Vaccination North-Western Provinces and Oudh 1878-1895 - 1878-1895
Year: 1878
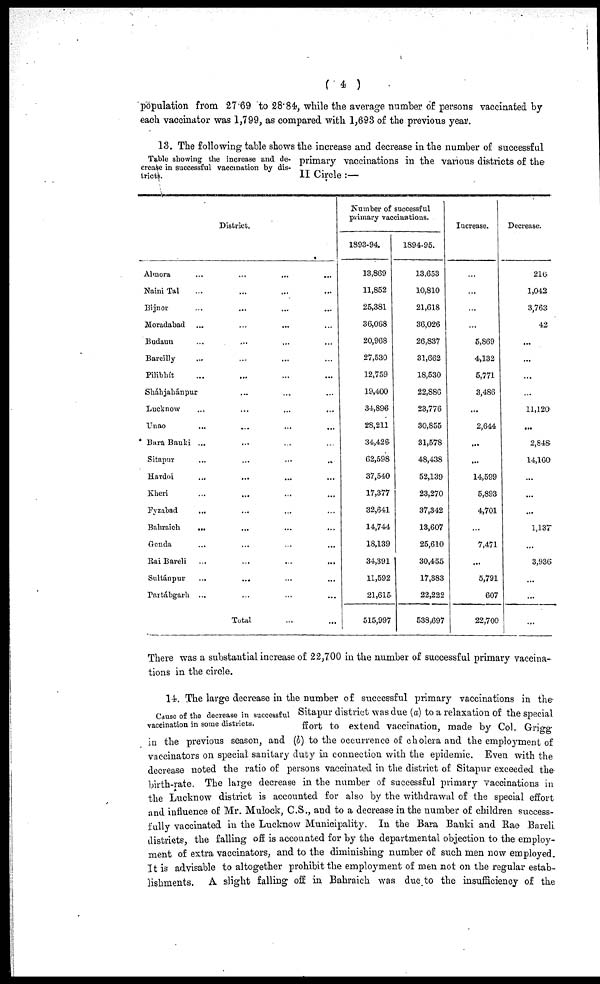
( 4 )
population from 27.69 to 28.84, while the average number of persons vaccinated by
each vaccinator was 1,799, as compared with 1,693 of the previous year.
Table showing the increase and de-
crease in successful vaccination by dis-
tricts.
13. The following; table shows the increase and decrease in the number of successful
primary vaccinations in the various districts of the
II Circle :—
District.
Almora ... ... ... ...
Naini Tal ... ... ... ...
Bijnor
...
... ... ...
Moradabad ... ... ... ...
Budaun ... ... ... ...
Bareilly ... ... ... ...
Pilibhít ... ... ... ...
Sháhjahánpur ... ... ...
Lucknow ... ... ... ...
Unao ... ... ... ...
Bara Banki ... ... ... ...
Sitapur
...
...
...
...
Hardoi
...
...
... ...
Kheri ... ... ... ...
Fyzabad ... ... ... ...
Bahraich
... ... ... ...
Gonda ... ... ... ...
Rai Bareli ... ... ... ...
Sultánpur ... ... ... ...
Partábgarh ... ... ... ...
Total ... ...
Number of successful
primary vaccinations.
1893-94.
13,869
11,852
25,381
36,068
20,968
27,530
12,759
19,400
34,896
28,211
34,426
62,598
37,540
17,377
32,641
14,744
18,139
34,391
11,592
21,615
515,997
1894-95.
13,653
10,810
21,618
36,026
26,837
31,662
18,530
22,886
23,776
30,855
31,578
48,438
52,139
23,270
37,342
13,607
25,610
30,455
17,383
22,222
538,697
Increase.
...
...
...
...
5,869
4,132
5,771
3,486
...
2,644
...
...
14,599
5,893
4,701
...
7,471
...
5,791
607
22,700
Decrease.
216
1,042
3,763
42
...
...
...
...
11,120
...
2,848
14,160
...
...
...
1,137
...
3,936
...
...
...
There was a substantial increase of 22,700 in the number of successful primary vaccina-
tions in the circle.
Cause of the decrease in successful
vaccination in some districts.
14. The large decrease in the number of successful primary vaccinations in the
Sitapur district was due (a) to a relaxation of the special
ffort to extend vaccination, made by Col. Grigg
in the previous season, and (b) to the occurrence of cholera and the employment of
vaccinators on special sanitary duty in connection with the epidemic. Even with the
decrease noted the ratio of persons vaccinated in the district of Sitapur exceeded the
birth-rate. The large decrease in the number of successful primary vaccinations in
the Lucknow district is accounted for also by the withdrawal of the special effort
and influence of Mr. Mulock, C.S., and to a decrease in the number of children success-
fully vaccinated in the Lucknow Municipality. In the Bara Banki and Rae Bareli
districts, the falling off is accounted for by the departmental objection to the employ-
ment of extra vaccinators, and to the diminishing number of such men now employed.
It is advisable to altogether prohibit the employment of men not on the regular estab-
lishments. A slight falling off in Bahraich was due to the insufficiency of the